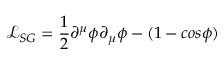
{ \mathcal L } _ { S G } = \frac { 1 } { 2 } \partial ^ { \mu } \phi \partial _ { \mu } \phi - ( 1 - c o s \phi )